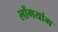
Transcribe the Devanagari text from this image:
लोंगयांग